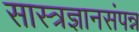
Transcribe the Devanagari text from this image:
सास्त्रज्ञानसंपन्न